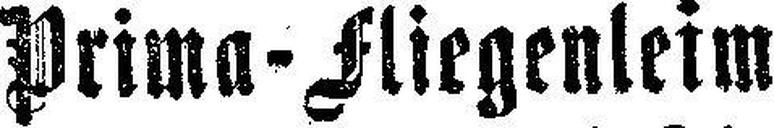
Prima-Fliegenleim